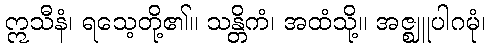
ဣသီနံ၊ ရသေ့တို့၏။ သန္တိကံ၊ အထံသို့။ အဇ္ဈူပါဂမုံ၊